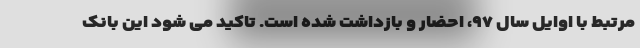
مرتبط با اوایل سال ۹۷، احضار و بازداشت شده است. تاکید می شود این بانک